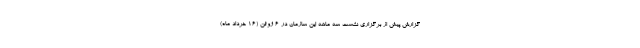
گزارش پیش از برگزاری نشست سه ماهه این سازمان در ۶ ژوئن (۱۶ خرداد ماه)